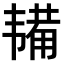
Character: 𫖔